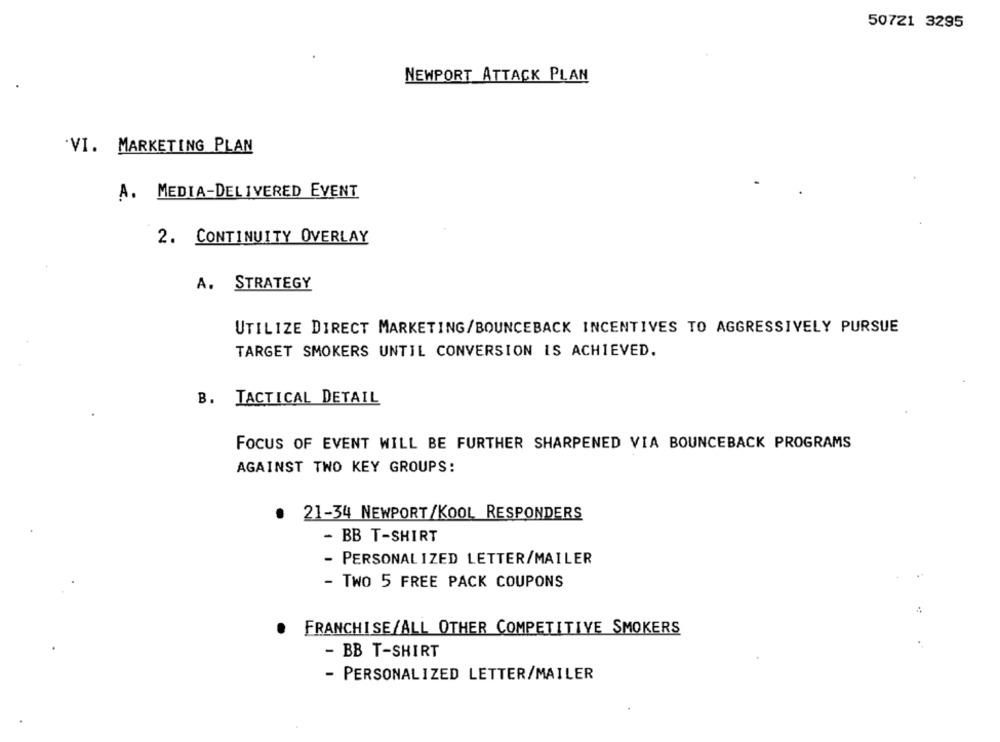
50721 3295
NEWPORT ATTACK PLAN
'VI. MARKETING PLAN
A. MEDIA-DELIVERED EVENT
2. CONTINUITY OVERLAY
A. STRATEGY
UTILIZE DIRECT MARKETING/BOUNCEBACK INCENTIVES TO AGGRESSIVELY PURSUE
TARGET SMOKERS UNTIL CONVERSION IS ACHIEVED.
B. TACTICAL DETAIL
FOCUS OF EVENT WILL BE FURTHER SHARPENED VIA BOUNCEBACK PROGRAMS
AGAINST TWO KEY GROUPS:
. 21-34 NEWPORT/KOOL RESPONDERS
- BB T-SHIRT
- PERSONALIZED LETTER/MAILER
- TWO 5 FREE PACK COUPONS
FRANCHISE/ALL OTHER COMPETITIVE SMOKERS
.
- BB T-SHIRT
- PERSONALIZED LETTER/MAILER